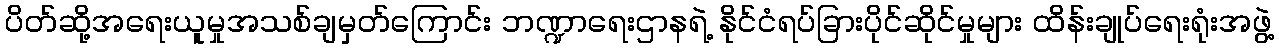
ပိတ်ဆို့အရေးယူမှုအသစ်ချမှတ်ကြောင်း ဘဏ္ဍာရေးဌာနရဲ့ နိုင်ငံရပ်ခြားပိုင်ဆိုင်မှုများ ထိန်းချုပ်ရေးရုံးအဖွဲ့